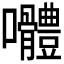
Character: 𭍑